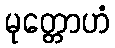
မုတ္တောဟံ